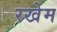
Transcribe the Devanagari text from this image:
रखेम